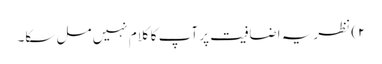
۲) نظریہ اضافیت پر آپ کا کلام نہیں مل سکا۔